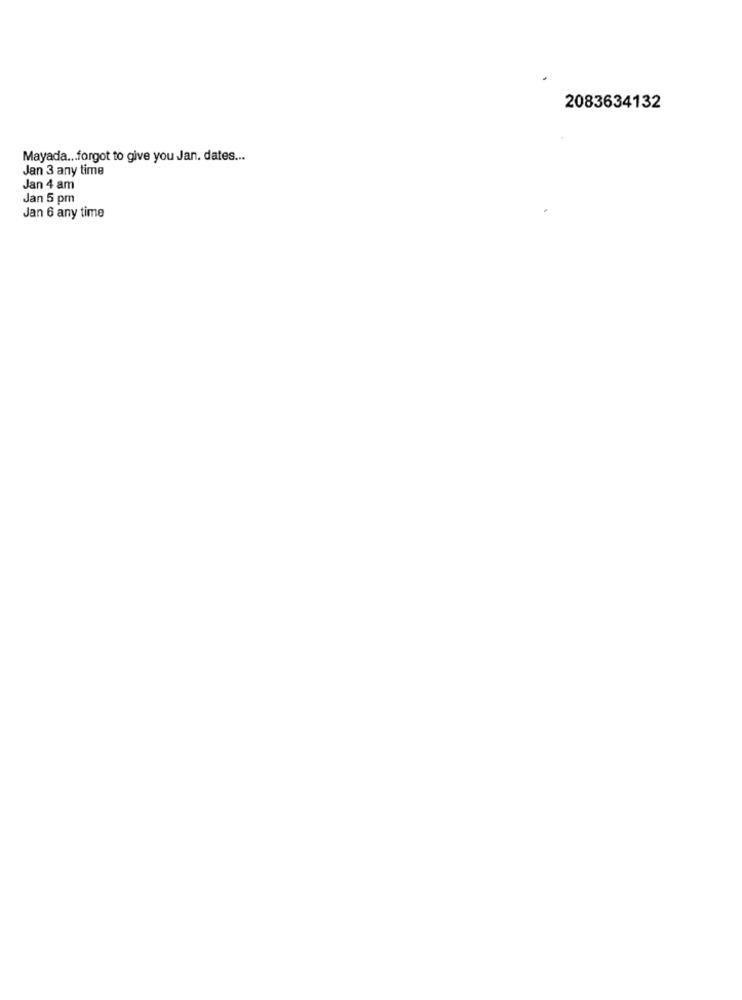
2083634132
Mayada ... forgot to give you Jan. dates ...
Jan 3 any time
Jan 4 am
Jan 5 pm
Jan 6 any time